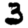
Digit: 3